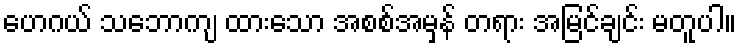
ဟေဂယ် သဘောကျ ထားသော အစစ်အမှန် တရား အမြင်ချင်း မတူပါ။